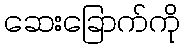
ဆေးခြောက်ကို